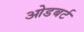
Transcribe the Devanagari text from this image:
ओडबर्ट